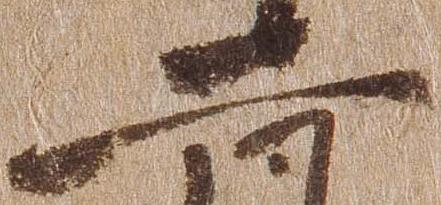
二